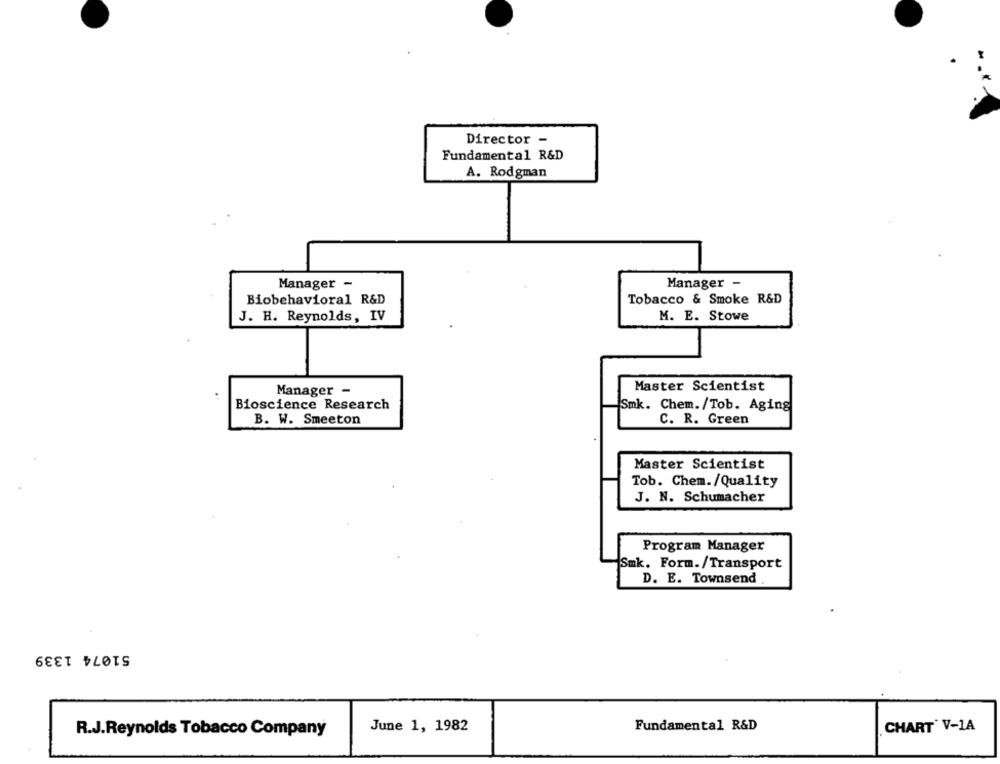
Director -
Fundamental R&D
A. Rodgman
Manager -
Manager -
Biobehavioral R&D
Tobacco & Smoke R&D
J. H. Reynolds, IV
M. E. Stowe
Master Scientist
Manager -
Bioscience Research
Smk. Chem./Tob. Aging
B. W. Smeeton
C. R. Green
Master Scientist
Tob. Chem./Quality
J. N. Schumacher
Program Manager
Smk. Form./Transport
D. E. Townsend
51074 1339
Fundamental R&D
R.J.Reynolds Tobacco Company
June 1, 1982
CHART' V-1A